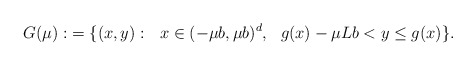
\begin{align*}G(\mu):&=\{ (x, y):\ \ x\in (-\mu b,\mu b)^{d},\ \ g(x)-\mu L b<y\leq g(x)\}.\end{align*}